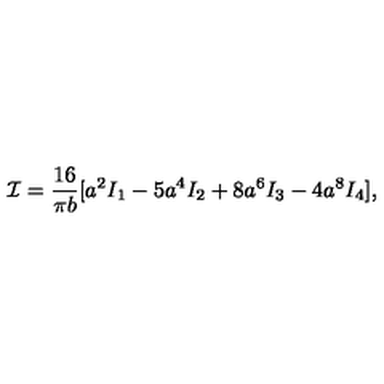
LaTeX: { \cal I } = \frac { 1 6 } { \pi b } [ a ^ { 2 } I _ { 1 } - 5 a ^ { 4 } I _ { 2 } + 8 a ^ { 6 } I _ { 3 } - 4 a ^ { 8 } I _ { 4 } ] ,